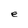
Character: e